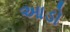
આડો